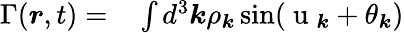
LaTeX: \begin{array}{rl}{\Gamma(\boldsymbol{r},t)=}&{{}\int d^{3}\boldsymbol{k}\rho_{\boldsymbol{k}}\sin(\mathrm{~u~}_{\boldsymbol{k}}+\theta_{\boldsymbol{k}})}\end{array}